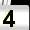
Digit: 4